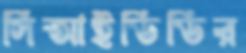
সিআইডিডির